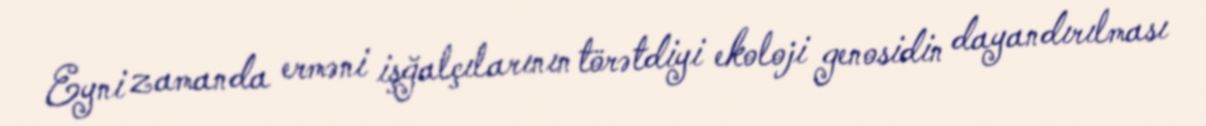
Eyni zamanda erməni işğalçılarının törətdiyi ekoloji genosidin dayandırılması